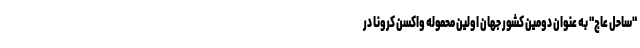
"ساحل عاج" به عنوان دومین کشور جهان اولین محموله واکسن‌ کرونا در